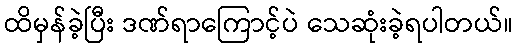
ထိမှန်ခဲ့ပြီး ဒဏ်ရာကြောင့်ပဲ သေဆုံးခဲ့ရပါတယ်။